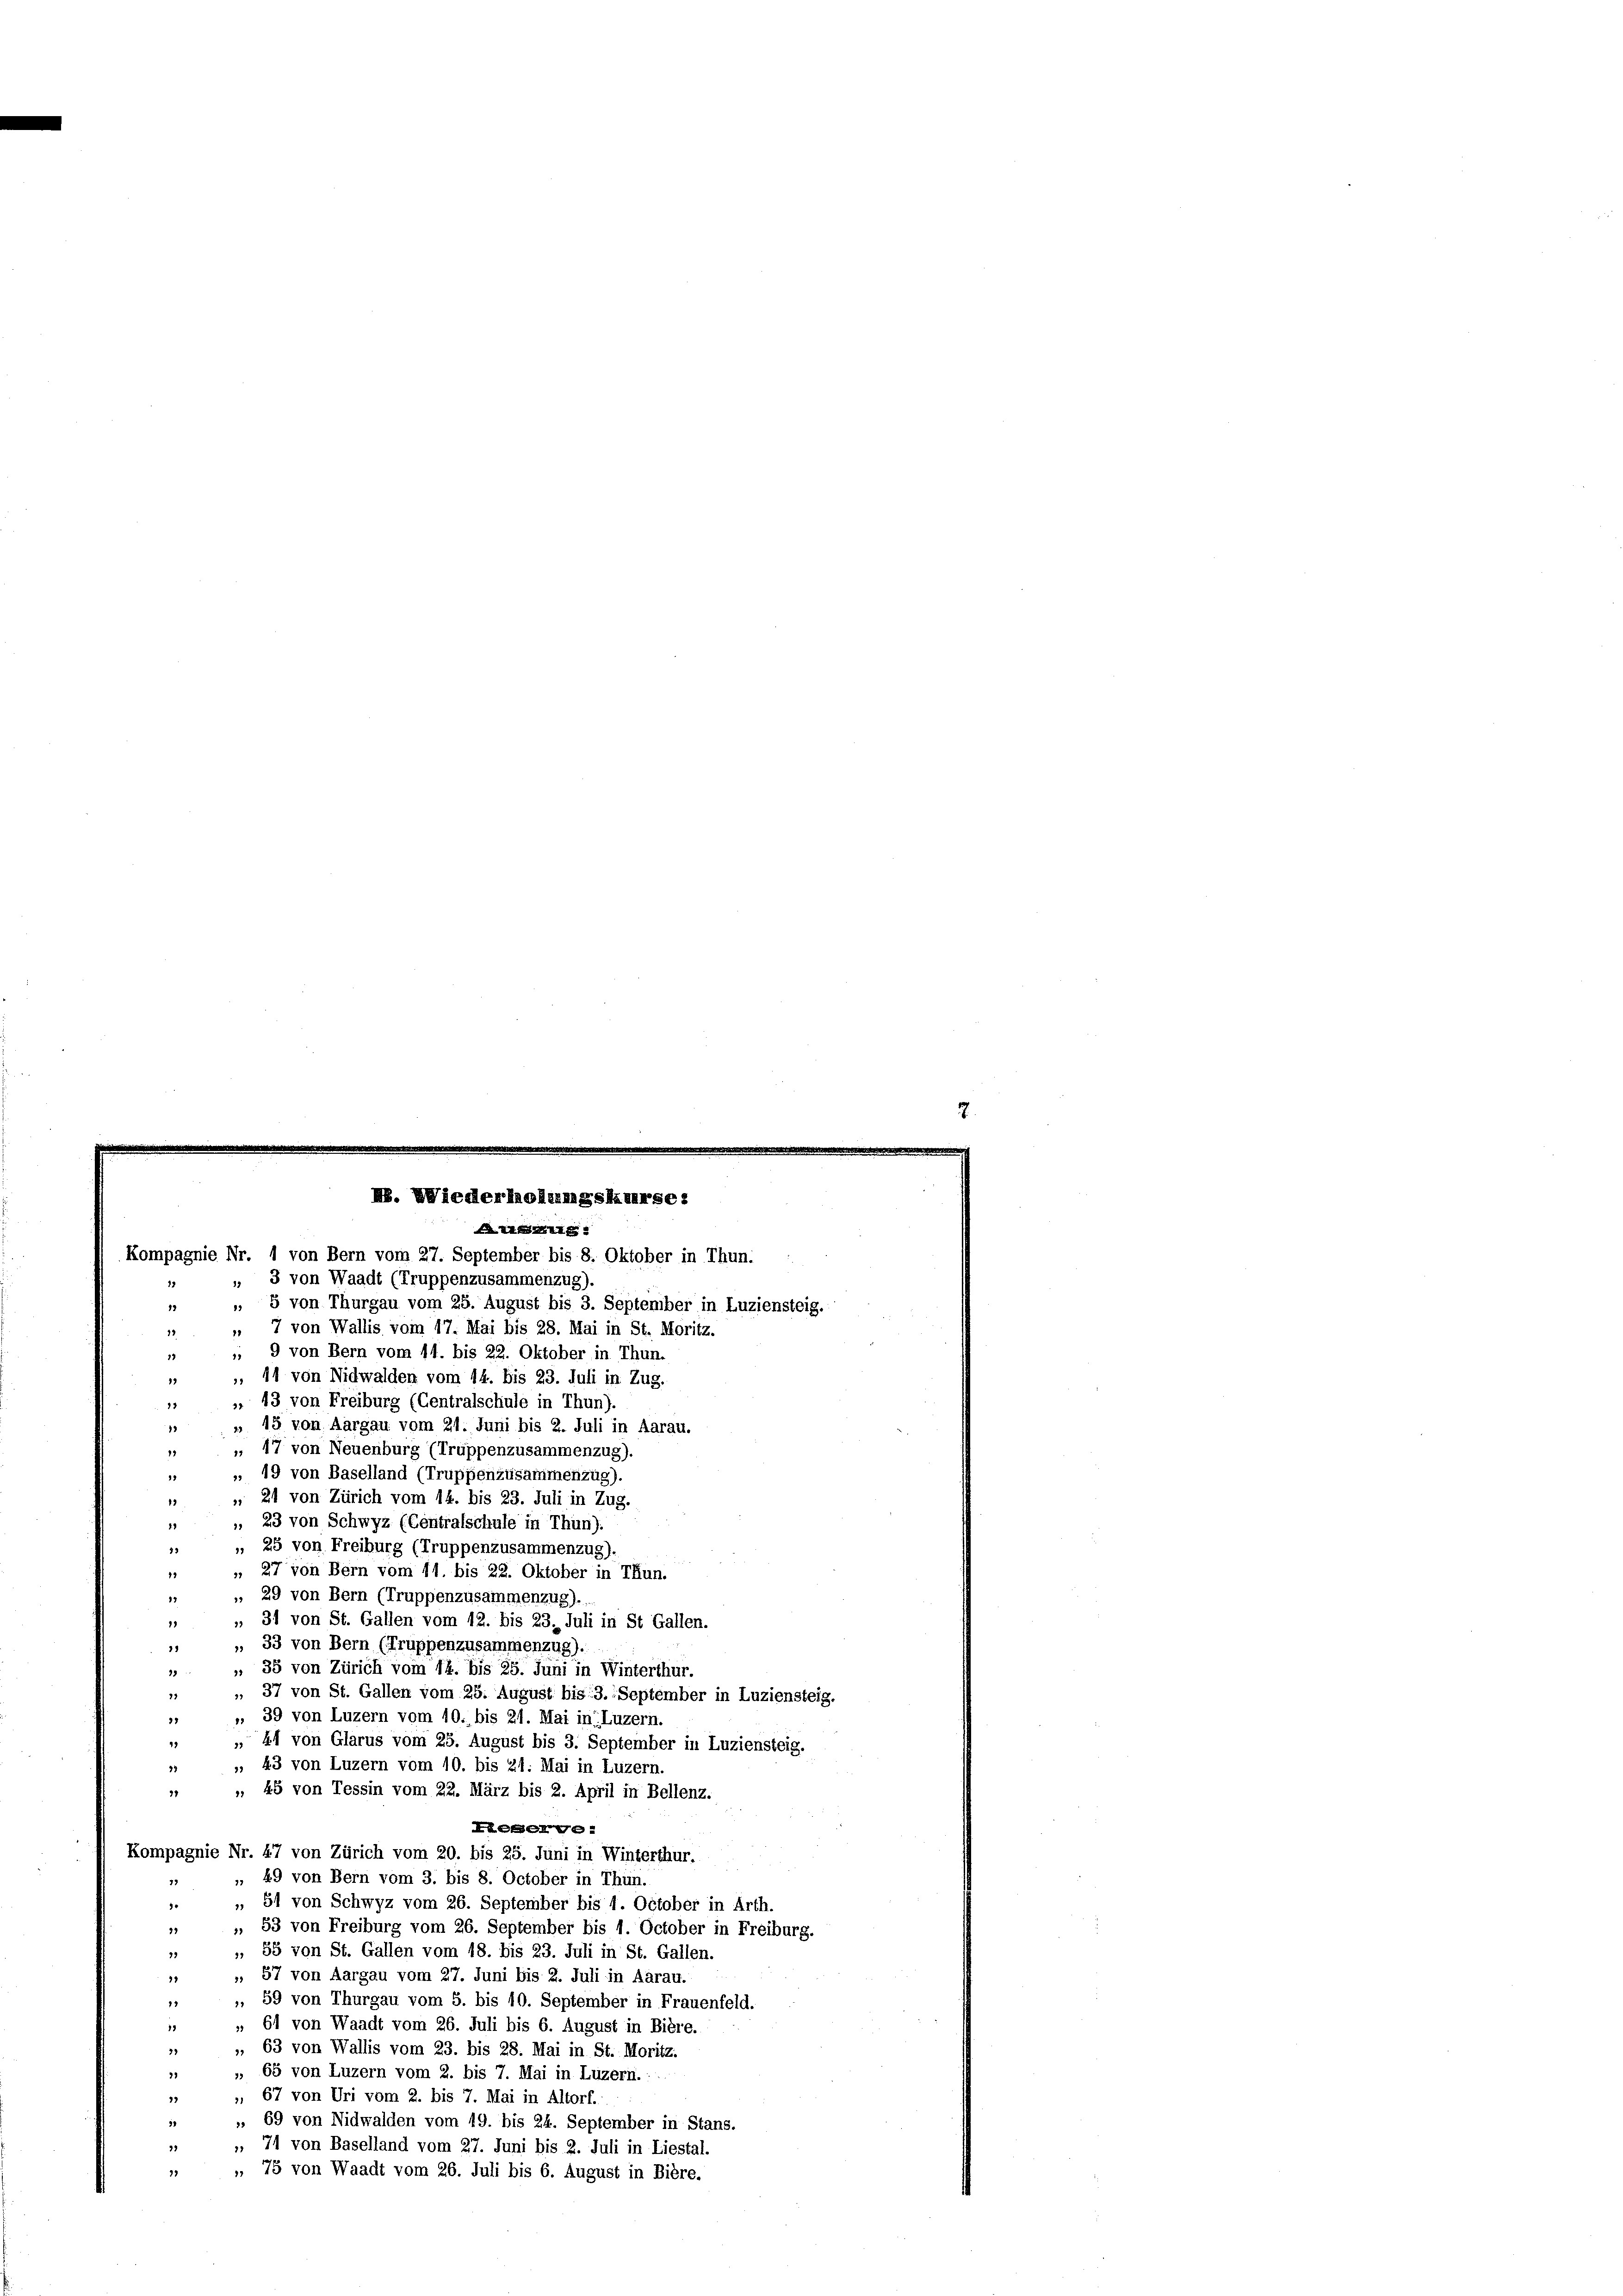
NB. Wiederholungskurse:
AALBALLE
Kompagnie Nr. 1 von Bern vom 27. September bis 8. Oktober in Thun.

3 von Waadt (Truppenzusammenzug).
19
 5 von Thurgau vom 25. August bis 3. September in Luziensteig.
19
 7 von Wallis vom 17. Mai bis 28. Mai in St. Moritz.
13
 9 von Bern vom 11. bis 22. Oktober in Thun.
, 11 von Nidwalden vom 14. bis 23. Juli in Zug.
 43 von Freiburg (Centralschule in Thun).
12
„ 15 von Aargau vom 21. Juni bis 2. Juli in Aarau.
1
 17 von Neuenburg (Truppenzusammenzug),
11
 19 von Baselland (Truppenzusammenzug).
18
 21 von Zürich vom 14. bis 23. Juli in Zug.
12
, 23 von Schwyz (Centralschule in Thun):
11
, 25 von Freiburg (Truppenzusammenzug).
19
, 27 von Bern vom 11. bis 22. Oktober in Thun.
11
, 29 von Bern (Truppenzusammenzug).
15
" " 31 von St. Gallen vom 12. bis 23. Juli in St Gallen.
 „ 33 von Bern (Truppenzusammenzug).
 35 von Zürich vom 14. bis 25. Juni in Winterthur.
39
" " 37 von St. Gallen vom 25. August bis 3. September in Luziensteig.
. 39 von Luzern vom 10. bis 21. Mai in Luzern.
37
„ 44 von Glarus vom 25. August bis 3. September in Luziensteig.
41
35
, 43 von Luzern vom 10. bis 21. Mai in Luzern.
», 45 von Tessin vom 22. März bis 2. April in Bellenz.
34
Kesserge
Kompagnie Nr. 47 von Zürich vom 20. bis 25. Juni in Winterthur.
, 49 von Bern vom 3. bis 8. October in Thun.
73
, 51 von Schwyz vom 26. September bis 4. October in Arth.
9
», 53 von Freiburg vom 26. September bis 1. October in Freiburg.
37
», 55 von St. Gallen vom 18. bis 23. Juli in St. Gallen.
39
», 57 von Aargau vom 27. Juni bis 2. Juli in Aarau.
8
, 59 von Thurgau vom 5. bis 10. September in Frauenfeld.
1
 61 von Waadt vom 26. Juli bis 6. August in Bière.
12
», 63 von Wallis vom 23. bis 28. Mai in St. Moritz.
37
„ 65 von Luzern vom 2. bis 7. Mai in Luzern.:
25
», 67 von Uri vom 2. bis 7. Mai in Altorf.
17
». 69 von Nidwalden vom 19. bis 24. September in Stans.
». 71 von Baselland vom 27. Juni bis 2. Juli in Liestal.
„ 75 von Waadt vom 26. Juli bis 6. August in Bière.
13

7